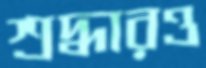
শ্রদ্ধারও